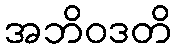
အဘိဝဒတိ